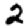
Digit: 2